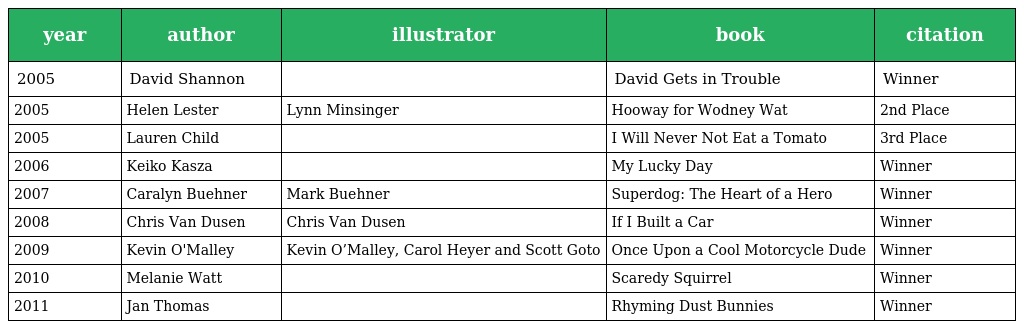
| year | author | illustrator | book | citation |
 | --- | --- | --- | --- | --- |
 | 2005 | David Shannon |  | David Gets in Trouble | Winner |
 | 2005 | Helen Lester | Lynn Minsinger | Hooway for Wodney Wat | 2nd Place |
 | 2005 | Lauren Child |  | I Will Never Not Eat a Tomato | 3rd Place |
 | 2006 | Keiko Kasza |  | My Lucky Day | Winner |
 | 2007 | Caralyn Buehner | Mark Buehner | Superdog: The Heart of a Hero | Winner |
 | 2008 | Chris Van Dusen | Chris Van Dusen | If I Built a Car | Winner |
 | 2009 | Kevin O'Malley | Kevin O’Malley, Carol Heyer and Scott Goto | Once Upon a Cool Motorcycle Dude | Winner |
 | 2010 | Melanie Watt |  | Scaredy Squirrel | Winner |
 | 2011 | Jan Thomas |  | Rhyming Dust Bunnies | Winner |